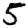
Digit: 5